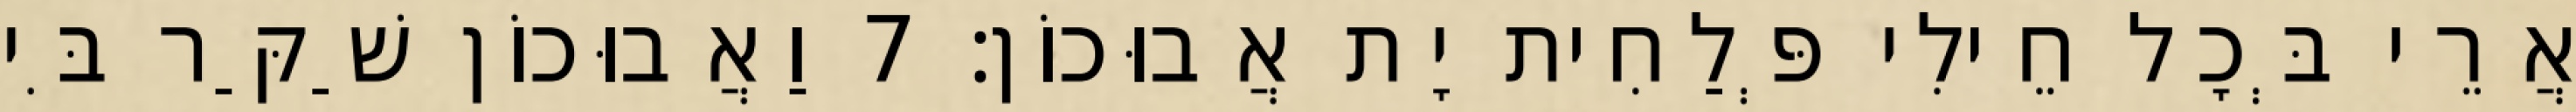
אֲרֵי בְּכָל חֵילִי פְּלַחִית יָת אֲבוּכוֹן׃ 7 וַאֲבוּכוֹן שַׁקַּר בִּי